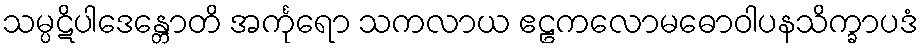
သမ္ပဋိပါဒေန္တောတိ အင်္ကုရော သကလာယ ဧဠကလောမဓောဝါပနသိက္ခာပဒံ